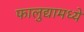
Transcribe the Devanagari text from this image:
फालुद्यामध्ये